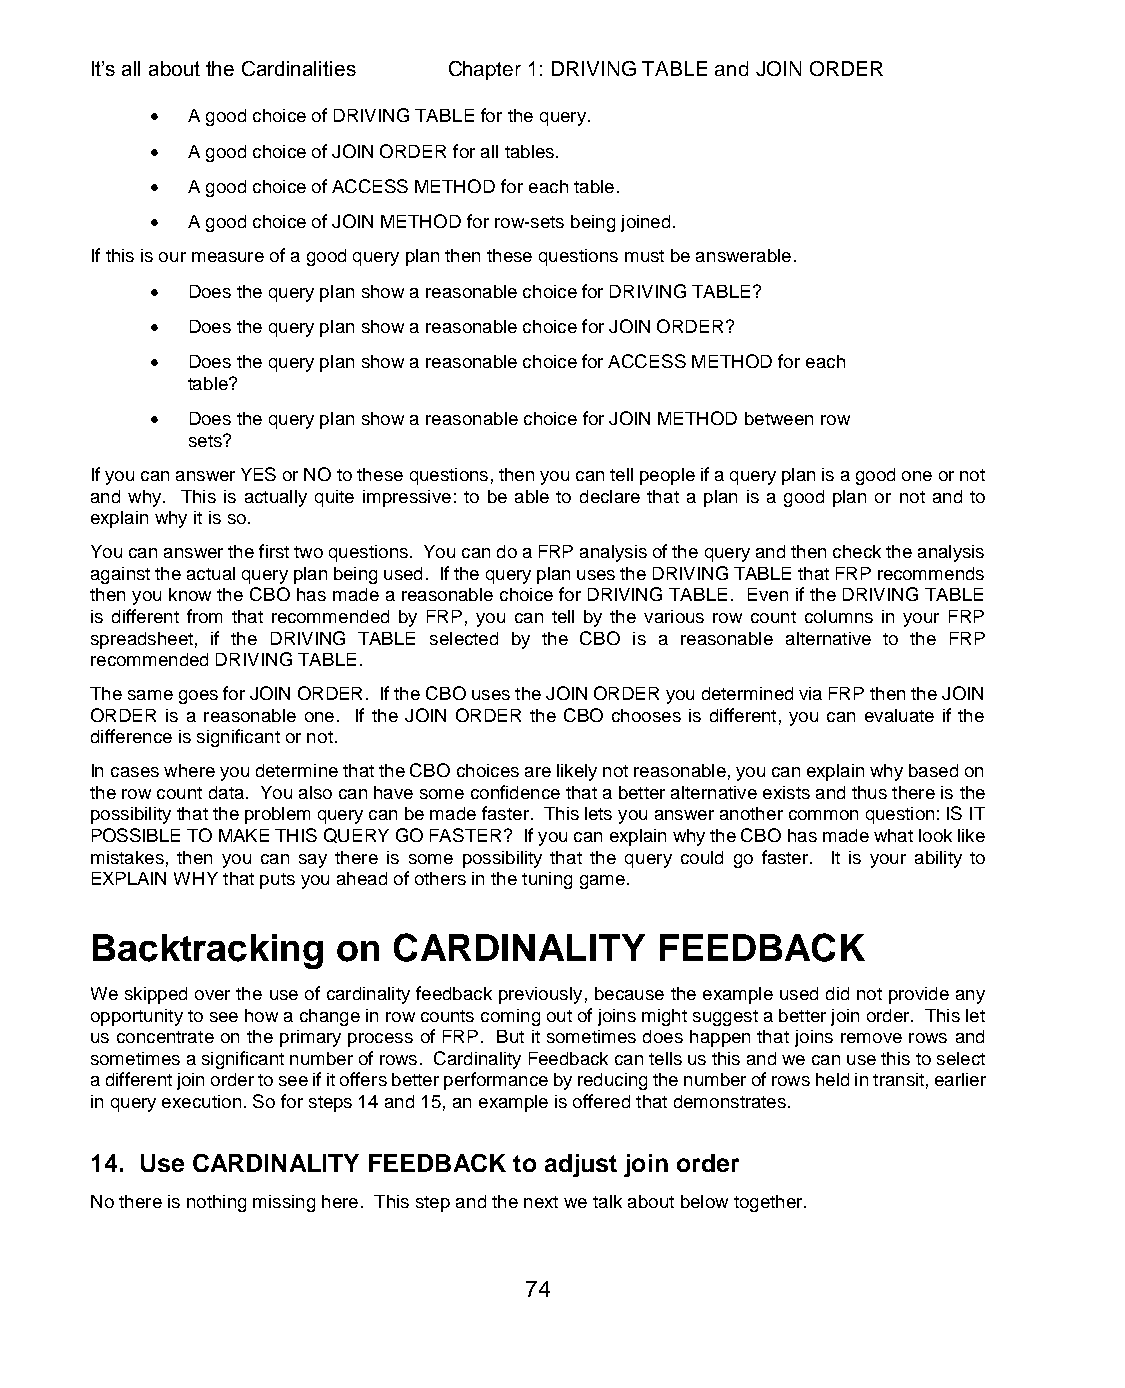
It’s all about the Cardinalities Chapter 1: DRIVING TABLE and JOIN ORDER
  A good choice of DRIVING TABLE for the query.
  A good choice of JOIN ORDER for all tables.
  A good choice of ACCESS METHOD for each table.
  A good choice of JOIN METHOD for row-sets being joined.
 If this is our measure of a good query plan then these questions must be answerable.
  Does the query plan show a reasonable choice for DRIVING TABLE?
  Does the query plan show a reasonable choice for JOIN ORDER?
  Does the query plan show a reasonable choice for ACCESS METHOD for each
 table?
  Does the query plan show a reasonable choice for JOIN METHOD between row
 sets?
 If you can answer YES or NO to these questions, then you can tell people if a query plan is a good one or not
 and why. This is actually quite impressive: to be able to declare that a plan is a good plan or not and to
 explain why it is so.
 You can answer the first two questions. You can do a FRP analysis of the query and then check the analysis
 against the actual query plan being used. If the query plan uses the DRIVING TABLE that FRP recommends
 then you know the CBO has made a reasonable choice for DRIVING TABLE. Even if the DRIVING TABLE
 is different from that recommended by FRP, you can tell by the various row count columns in your FRP
 spreadsheet, if the DRIVING TABLE selected by the CBO is a reasonable alternative to the FRP
 recommended DRIVING TABLE.
 The same goes for JOIN ORDER. If the CBO uses the JOIN ORDER you determined via FRP then the JOIN
 ORDER is a reasonable one. If the JOIN ORDER the CBO chooses is different, you can evaluate if the
 difference is significant or not.
 In cases where you determine that the CBO choices are likely not reasonable, you can explain why based on
 the row count data. You also can have some confidence that a better alternative exists and thus there is the
 possibility that the problem query can be made faster. This lets you answer another common question: IS IT
 POSSIBLE TO MAKE THIS QUERY GO FASTER? If you can explain why the CBO has made what look like
 mistakes, then you can say there is some possibility that the query could go faster. It is your ability to
 EXPLAIN WHY that puts you ahead of others in the tuning game.
 Backtracking    on  CARDINALITY      FEEDBACK
 We skipped over the use of cardinality feedback previously, because the example used did not provide any
 opportunity to see how a change in row counts coming out of joins might suggest a better join order. This let
 us concentrate on the primary process of FRP. But it sometimes does happen that joins remove rows and
 sometimes a significant number of rows. Cardinality Feedback can tells us this and we can use this to select
 a different join order to see if it offers better performance by reducing the number of rows held in transit, earlier
 in query execution. So for steps 14 and 15, an example is offered that demonstrates.
 14. Use CARDINALITY FEEDBACK to adjust join order
 No there is nothing missing here. This step and the next we talk about below together.
 74